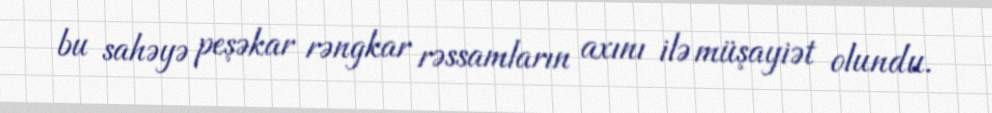
bu sahəyə peşəkar rəngkar rəssamların axını ilə müşayiət olundu.